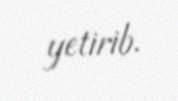
yetirib.